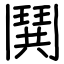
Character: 鬨